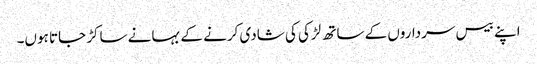
اپنے بیس سرداروں کے ساتھ لڑکی کی شادی کرنے کے بہانے ساکڑ جاتا ہوں۔